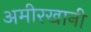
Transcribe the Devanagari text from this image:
अमीरखानी